Vaccination Hyderabad 1890-1903 - 1890-1903
Year: 1890
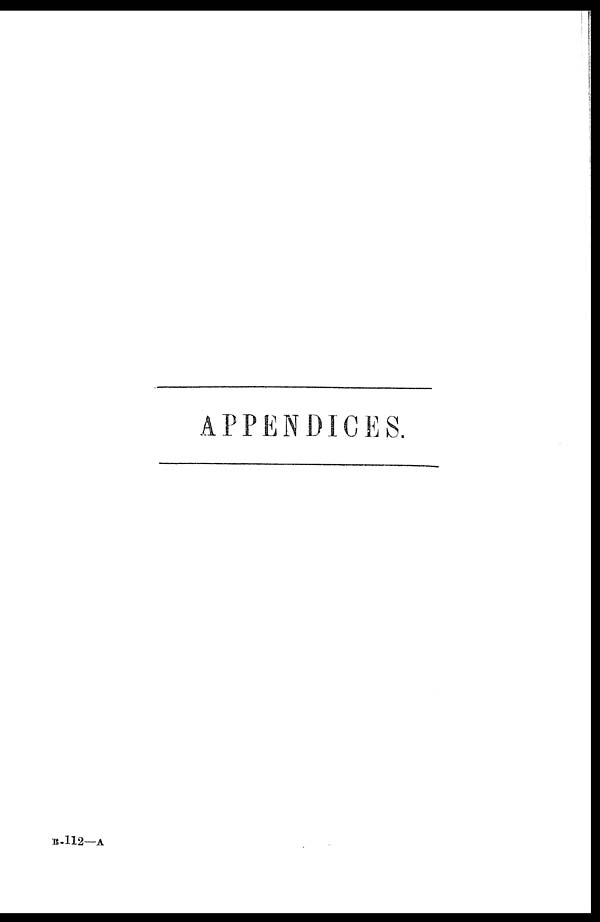
APPENDICES.
B-112—A